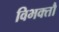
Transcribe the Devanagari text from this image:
विभक्तौ